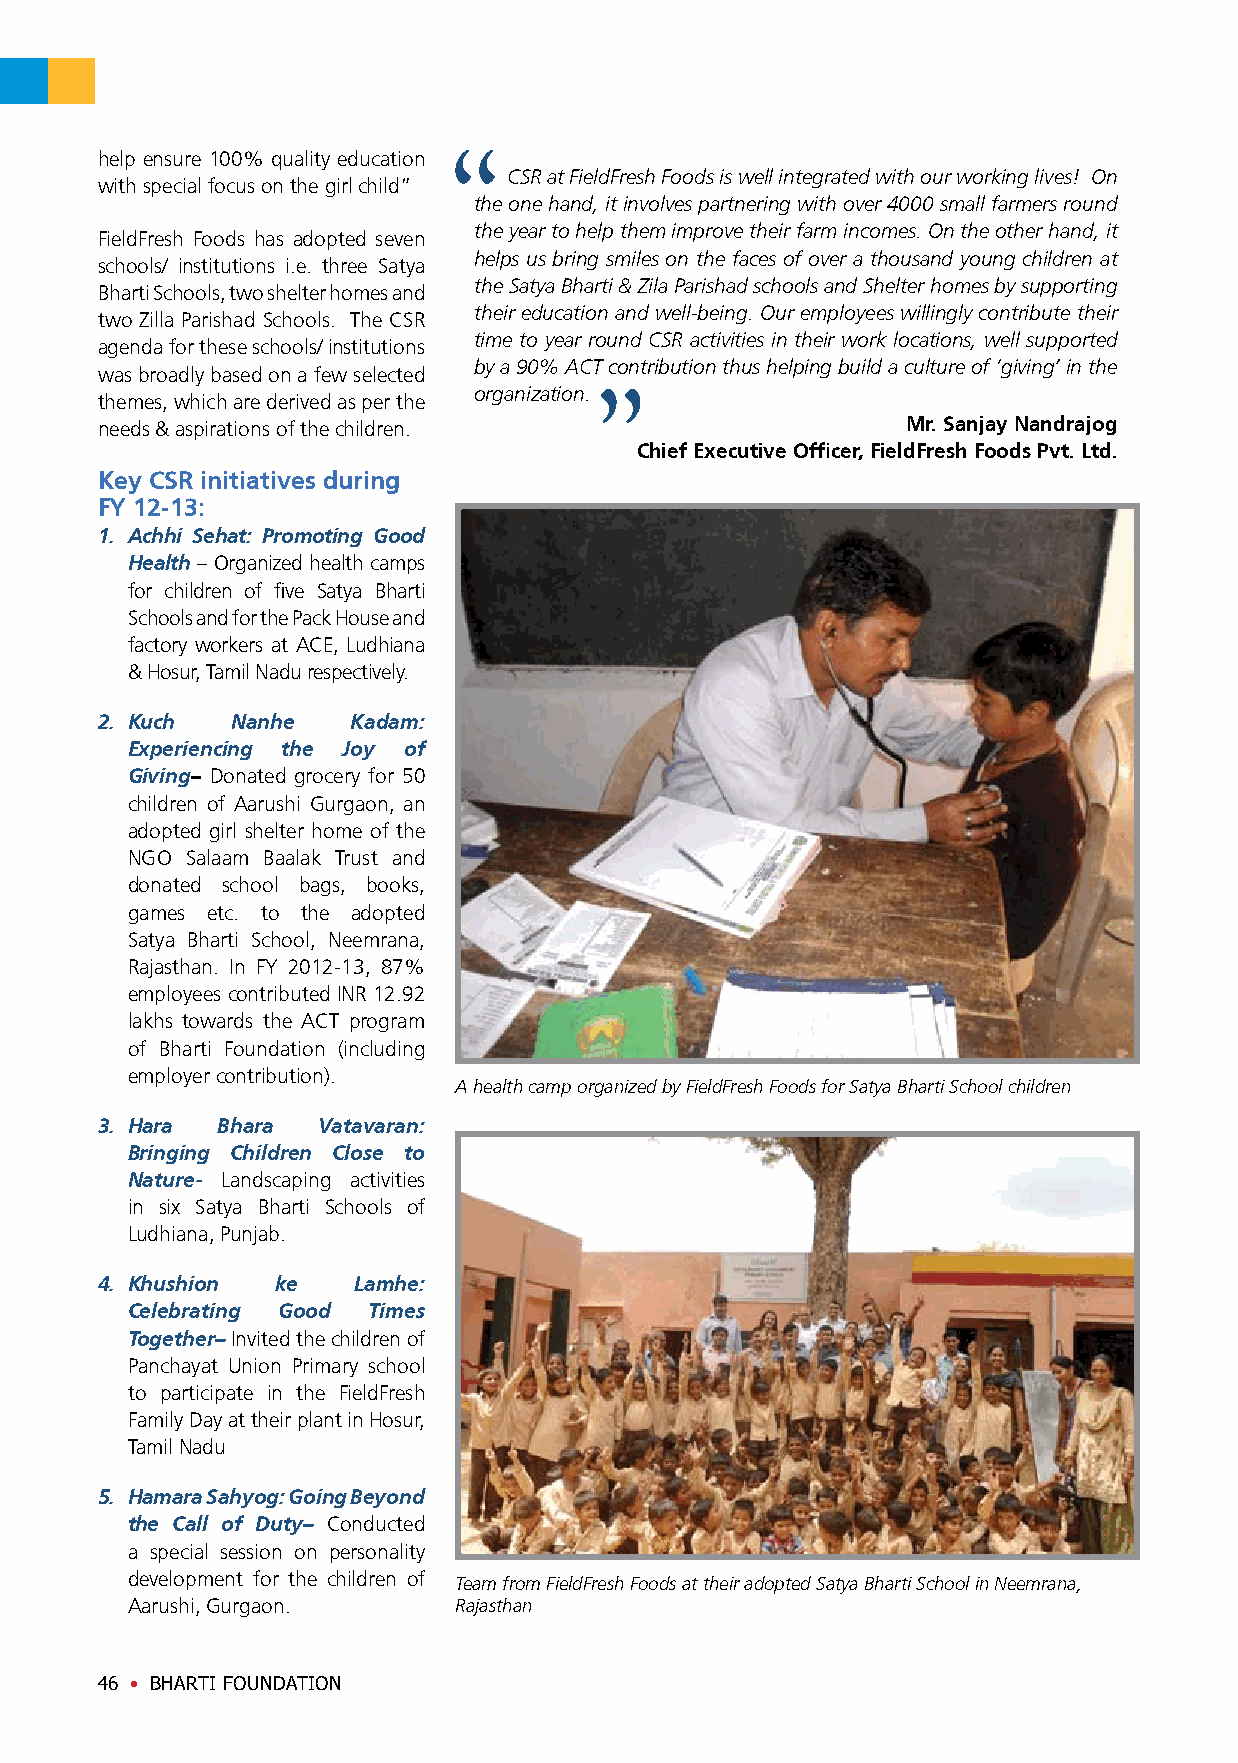
help ensure 100% quality education
 CSR at FieldFresh Foods is well integrated with our working lives! On
 with special focus on the girl child”
 the one hand, it involves partnering with over 4000 small farmers round
 the year to help them improve their farm incomes. On the other hand, it
 FieldFresh Foods has adopted seven
 helps us bring smiles on the faces of over a thousand young children at
 schools/ institutions i.e. three Satya
 the Satya Bharti & Zila Parishad schools and Shelter homes by supporting
 Bharti Schools, two shelter homes and
 their education and well-being. Our employees willingly contribute their
 two Zilla Parishad Schools. The CSR
 time to year round CSR activities in their work locations, well supported
 agenda for these schools/ institutions
 by a 90% ACT contribution thus helping build a culture of ‘giving’ in the
 was broadly based on a few selected
 organization.
 themes, which are derived as per the
 needs & aspirations of the children.                  Mr. Sanjay Nandrajog
 Chief Executive Officer, FieldFresh Foods Pvt. Ltd.
 Key CSR initiatives during
 FY 12-13:
 1. Achhi Sehat: Promoting Good
 Health – Organized health camps
 for children of five Satya Bharti
 Schools and for the Pack House and
 factory workers at ACE, Ludhiana
 & Hosur, Tamil Nadu respectively.
 2. Kuch  Nanhe   Kadam:
 Experiencing the Joy of
 Giving– Donated grocery for 50
 children of Aarushi Gurgaon, an
 adopted girl shelter home of the
 NGO Salaam Baalak Trust and
 donated school bags, books,
 games etc. to the adopted
 Satya Bharti School, Neemrana,
 Rajasthan. In FY 2012-13, 87%
 employees contributed INR 12.92
 lakhs towards the ACT program
 of Bharti Foundation (including
 employer contribution).
 A health camp organized by FieldFresh Foods for Satya Bharti School children
 3. Hara Bhara  Vatavaran:
 Bringing Children Close to
 Nature- Landscaping activities
 in six Satya Bharti Schools of
 Ludhiana, Punjab.
 4. Khushion ke   Lamhe:
 Celebrating Good Times
 Together– Invited the children of
 Panchayat Union Primary school
 to participate in the FieldFresh
 Family Day at their plant in Hosur,
 Tamil Nadu
 5. Hamara Sahyog: Going Beyond
 the Call of Duty– Conducted
 a special session on personality
 development for the children of Team from FieldFresh Foods at their adopted Satya Bharti School in Neemrana,
 Aarushi, Gurgaon.     Rajasthan
 46 • BHARTI FOUNDATION